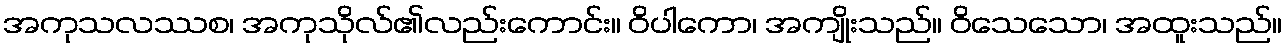
အကုသလဿစ၊ အကုသိုလ်၏လည်းကောင်း။ ဝိပါကော၊ အကျိုးသည်။ ဝိသေသော၊ အထူးသည်။